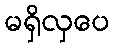
မရှိလှပေ